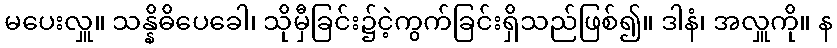
မပေးလှူ။ သန္နိဓိပေခေါ၊ သိုမှီခြင်း၌ငဲ့ကွက်ခြင်းရှိသည်ဖြစ်၍။ ဒါနံ၊ အလှူကို။ န